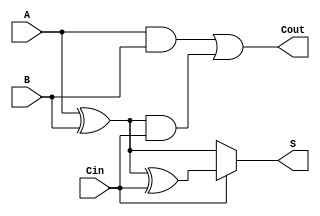
module conditional_sum_full_adder (
    input wire A,     // First significant bit
    input wire B,     // Second significant bit
    input wire Cin,   // Carry input
    output wire S,    // Sum output
    output wire Cout   // Carry output
);

    // Internal signals for intermediate calculations
    wire S0; // Sum without carry
    wire S1; // Sum with carry
    wire C1; // Carry generated from A and B
    wire C2; // Carry generated from (A XOR B) and Cin

    // Calculate S0 = A XOR B
    assign S0 = A ^ B;

    // Calculate S1 = S0 XOR Cin
    assign S1 = S0 ^ Cin;

    // Conditional sum output based on Cin
    assign S = (Cin) ? S1 : S0;

    // Generate carry conditions
    assign C1 = A & B;                // Carry from A and B
    assign C2 = S0 & Cin;             // Carry from (A XOR B) and Cin

    // Final carry output
    assign Cout = C1 | C2;

endmodule